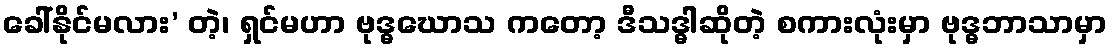
ခေါ်နိုင်မလား’ တဲ့၊ ရှင်မဟာ ဗုဒ္ဓဃောသ ကတော့ ဒီသဒ္ဓါဆိုတဲ့ စကားလုံးမှာ ဗုဒ္ဓဘာသာမှာ